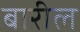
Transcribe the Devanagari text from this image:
बारील